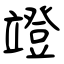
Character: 竳